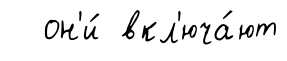
он'и́ вкл'юча́ют